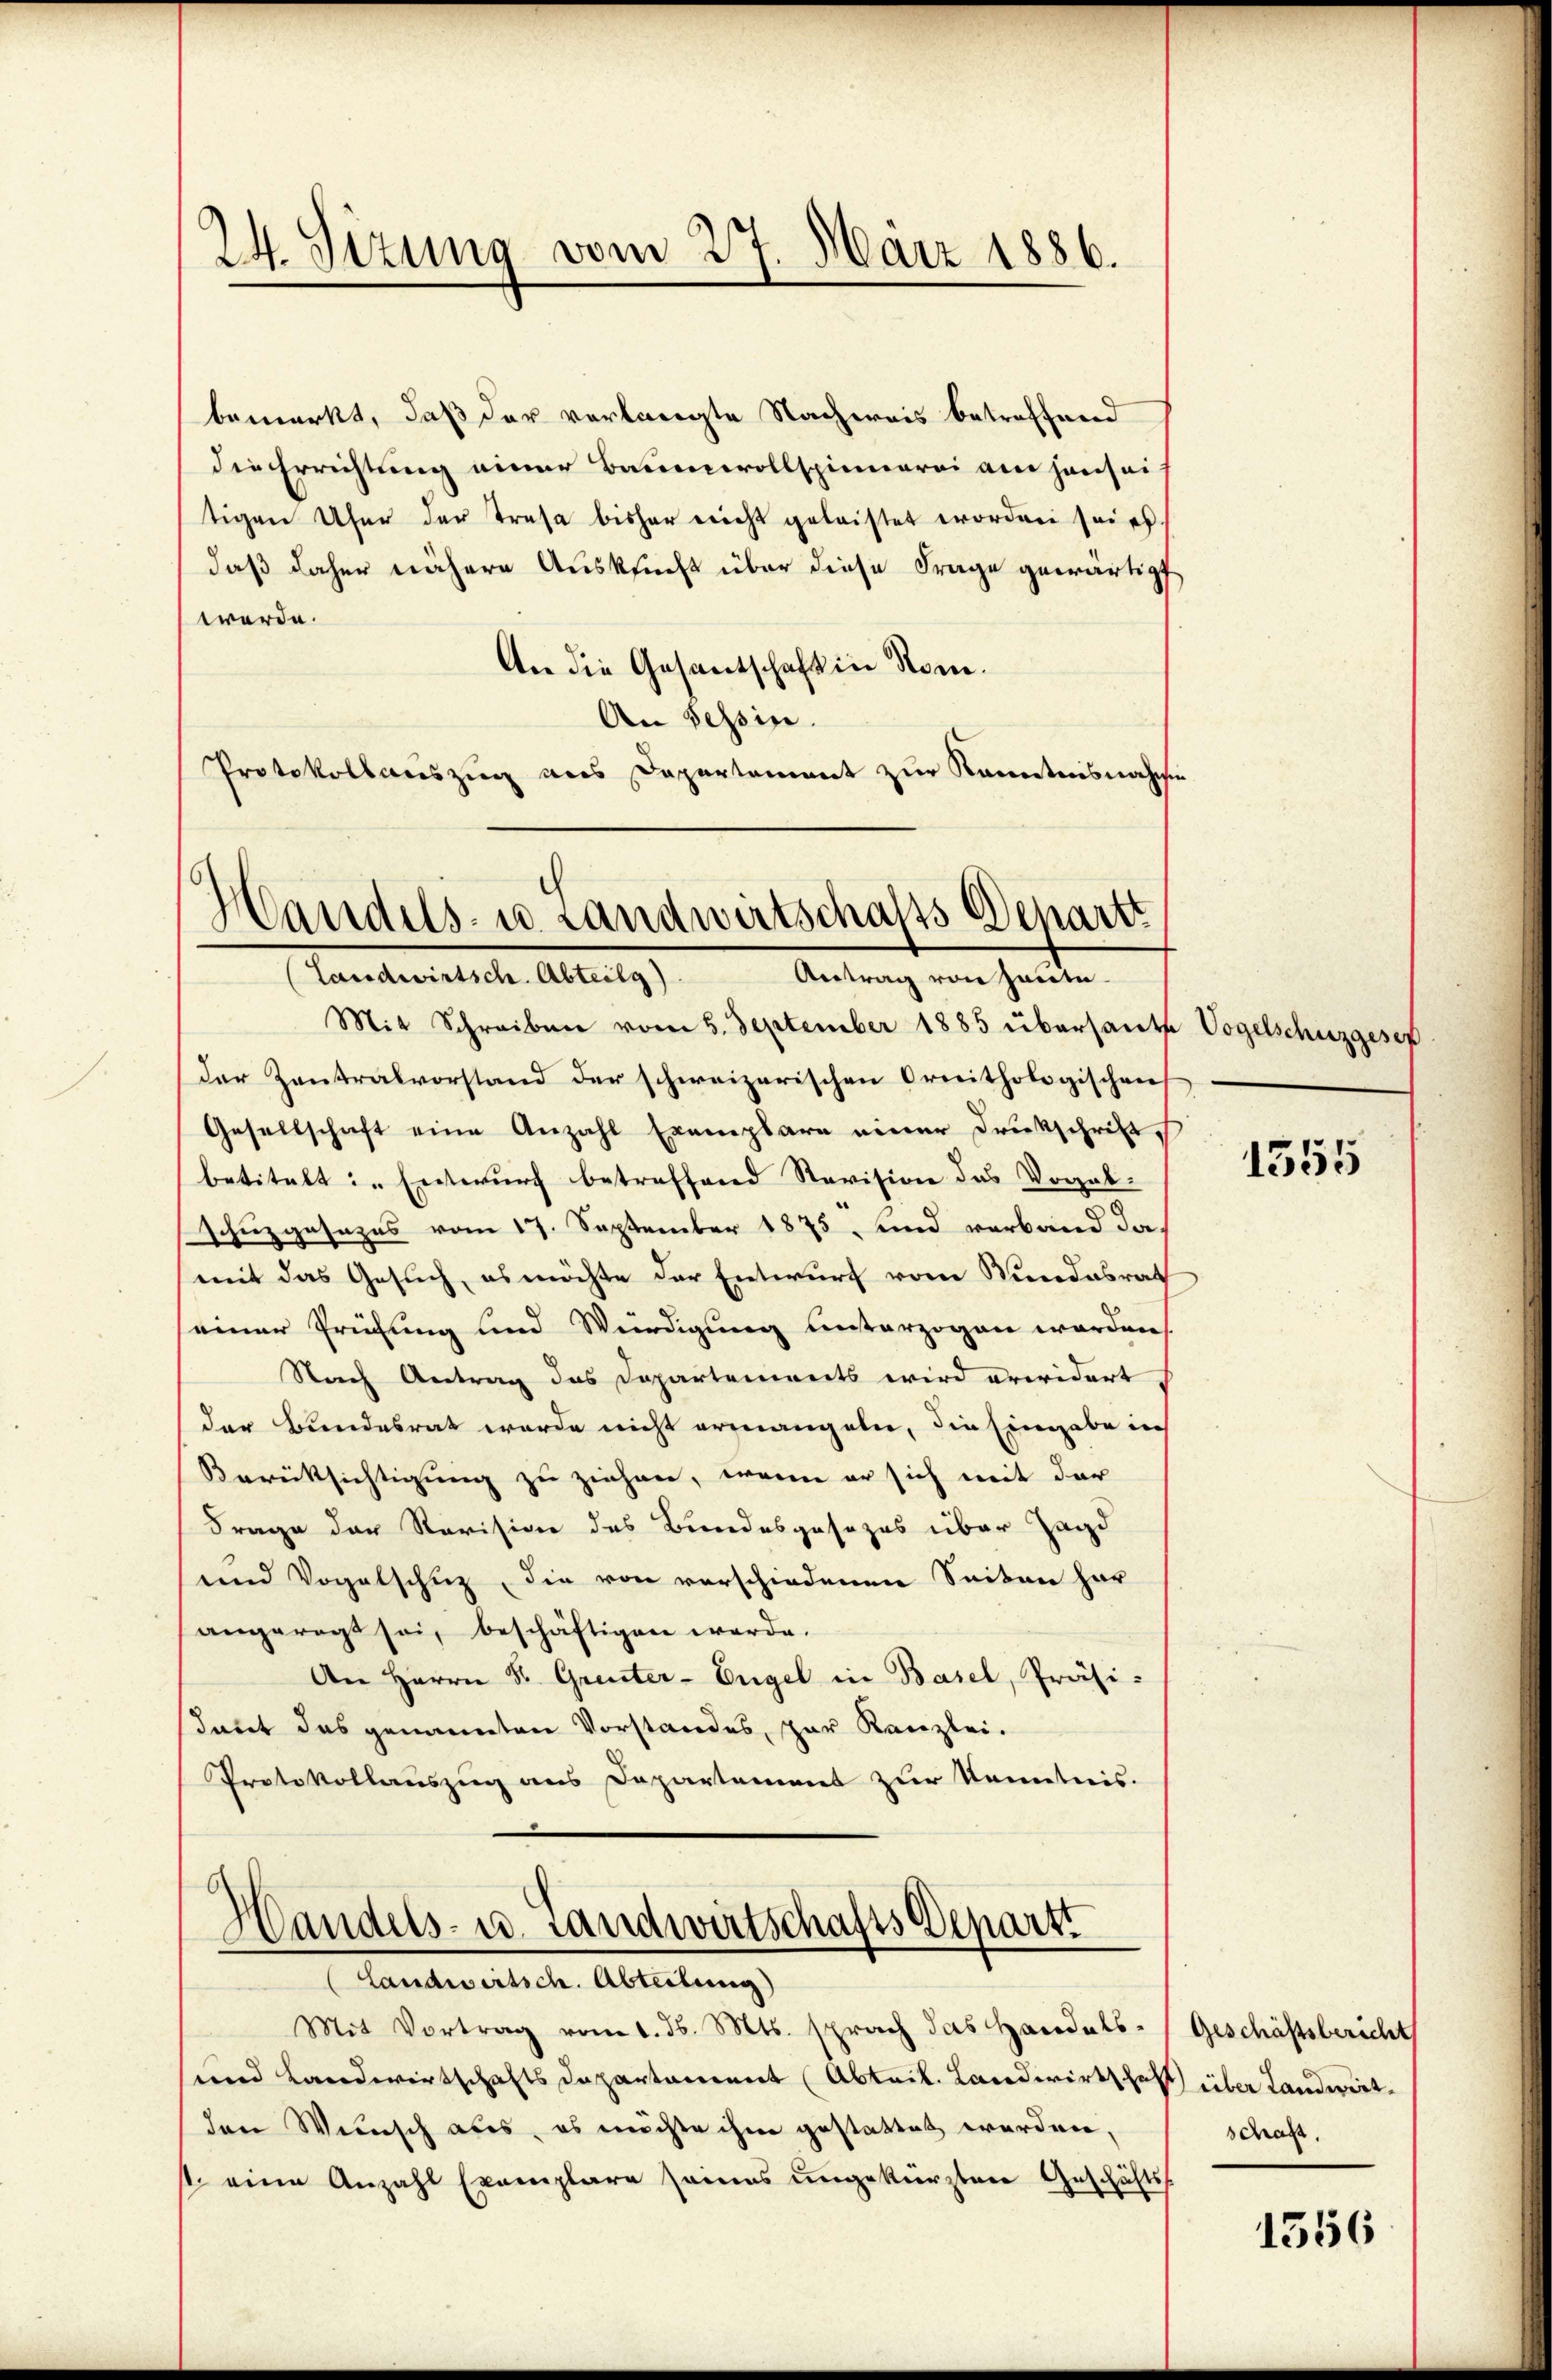
24. Sizung vom 27. März 1886.

bemerkt, daß der verlangte Nachweis betreffend
die Errichtung einer Baumwollspinnerei am Hausei
tigen Ufer der Trasa bisher nicht geleistet worden sei es
daß daher nähere Ausksucht über diese Frage gewärtigt,
werde.
An die Gesantschaft in Rom.
An Tessin.
Protokollauszug aus Departement zur Kenntnisnahme

Handels- u. Landwirtschalts Departt
Landwirtsch. Abteilg).
Antrag von heute

Mit Schreiben vom 5. September 1885 übersante Vogelschuzgesen
der Zentralvorstand der schweizerischen Ornithologischen
Gesellschaft eine Anzahl Exemplare einer Drukschrifts
betitelt: „Entwurf betreffend Revision des Vorab-
schuzgesezes vom 17. September 1875, und verband damit das Gesuch, es möchte der Entwurf vom Bundesrat
einer Prüfung und Würdigung unterzogen worden.
Nach Antrag das Departements wird erwidert,
der Bundesrat wurde nicht ermangeln, die Eingabe in
Berücksichtigung zu ziehen, wenn er sich mit der
Frage der Revision des Bundesgesezes über Jagd
und Vogelschuz, die von verschiedenen Seiten har
angeregt sei, beschäftigen werde.
An Herrn Dr. Grenter-Engel in Basel, Präsi-
stant das genannten Vorstandes, zur Kanzlei.
Protokollauszug aus Departement zur Kenntnis.
n

Handels- u. Landwirtschafts Departi
Landwirtsch. Abteilung)

Mit Vortrag vom 1. ds. Mts. sprach das Handels-
und Landwirtschafts Departament (Abteil. Landwirtschaft über Landwertden Wunsch aus, es möchte ihm gestattet werden,
t eine Anzahl Exemplare seines ungekürzten Geschäfts-

1555

Geschäftsbericht
schaft.

1556